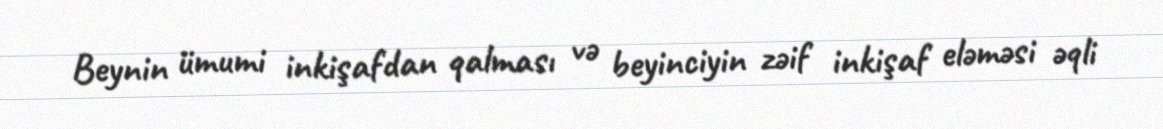
Beynin ümumi inkişafdan qalması və beyinciyin zəif inkişaf eləməsi əqli